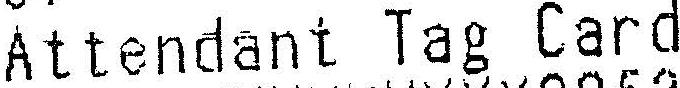
ATTENDANT TAG CARD